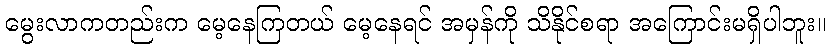
မွေးလာကတည်းက မေ့နေကြတယ် မေ့နေရင် အမှန်ကို သိနိုင်စရာ အကြောင်းမရှိပါဘူး။